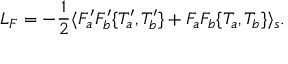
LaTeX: { \cal L } _ { F } = - \frac { 1 } { 2 } \langle F _ { a } ^ { \prime } F _ { b } ^ { \prime } \{ T _ { a } ^ { \prime } , T _ { b } ^ { \prime } \} + F _ { a } F _ { b } \{ T _ { a } , T _ { b } \} \rangle _ { s } .